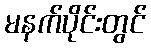
မနက်ပိုင်းတွင်